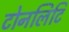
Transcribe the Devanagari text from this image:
टोनलिटि